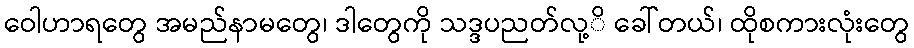
ဝေါဟာရတွေ အမည်နာမတွေ၊ ဒါတွေကို သဒ္ဒပညတ်လု့ိ ခေါ်တယ်၊ ထိုစကားလုံးတွေ